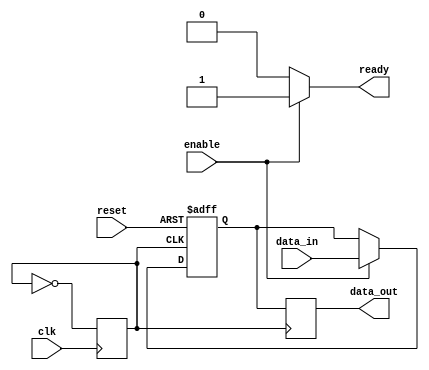
module ahb_bus_controller (
  // Inputs
  input wire clk,
  input wire reset,
  input wire [7:0] data_in,
  input wire enable,
  
  // Outputs
  output wire [7:0] data_out,
  output wire ready
);

// Clock generation
reg clk_out;
always @ (posedge clk)
begin
  clk_out <= ~clk_out;
end

// Reset synchronization
reg [7:0] synchronized_data;
always @ (posedge clk_out or posedge reset)
begin
  if (reset)
    synchronized_data <= 8'b0;
  else if (enable)
    synchronized_data <= data_in;
end

// Clock domain crossing synchronizer
reg [7:0] synchronized_data_out;
always @ (posedge clk_out)
begin
  synchronized_data_out <= synchronized_data;
end

// AHB bus controller logic
// Implement control protocols, data transfer management, memory access timing, etc.

// Assign outputs
assign data_out = synchronized_data_out;
assign ready = (enable) ? 1'b1 : 1'b0;

endmodule